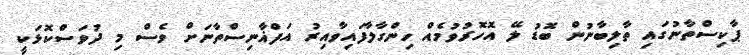
ޕާކިސްތާނުގައި ތާލިބާނުން ބޮޑު ލޭ އޮހޮރުވުމެއް ހިންގާލާފައިވާއިރު އަފްޣާނިސްތާނަށް ވެސް މި ދުވަސްކޮޅަކީ